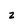
Character: z